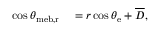
\begin{array} { r l } { \cos \theta _ { \mathrm { { m e b , r } } } } & { { } = r \cos \theta _ { \mathrm { { e } } } + \overline { { D } } , } \end{array}